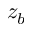
z _ { b }